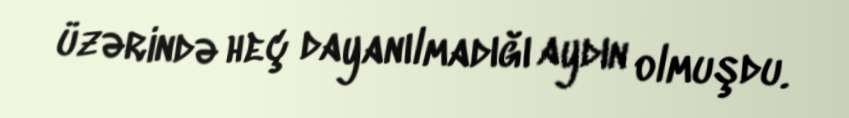
üzərində heç dayanılmadığı aydın olmuşdu.